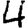
Digit: 4